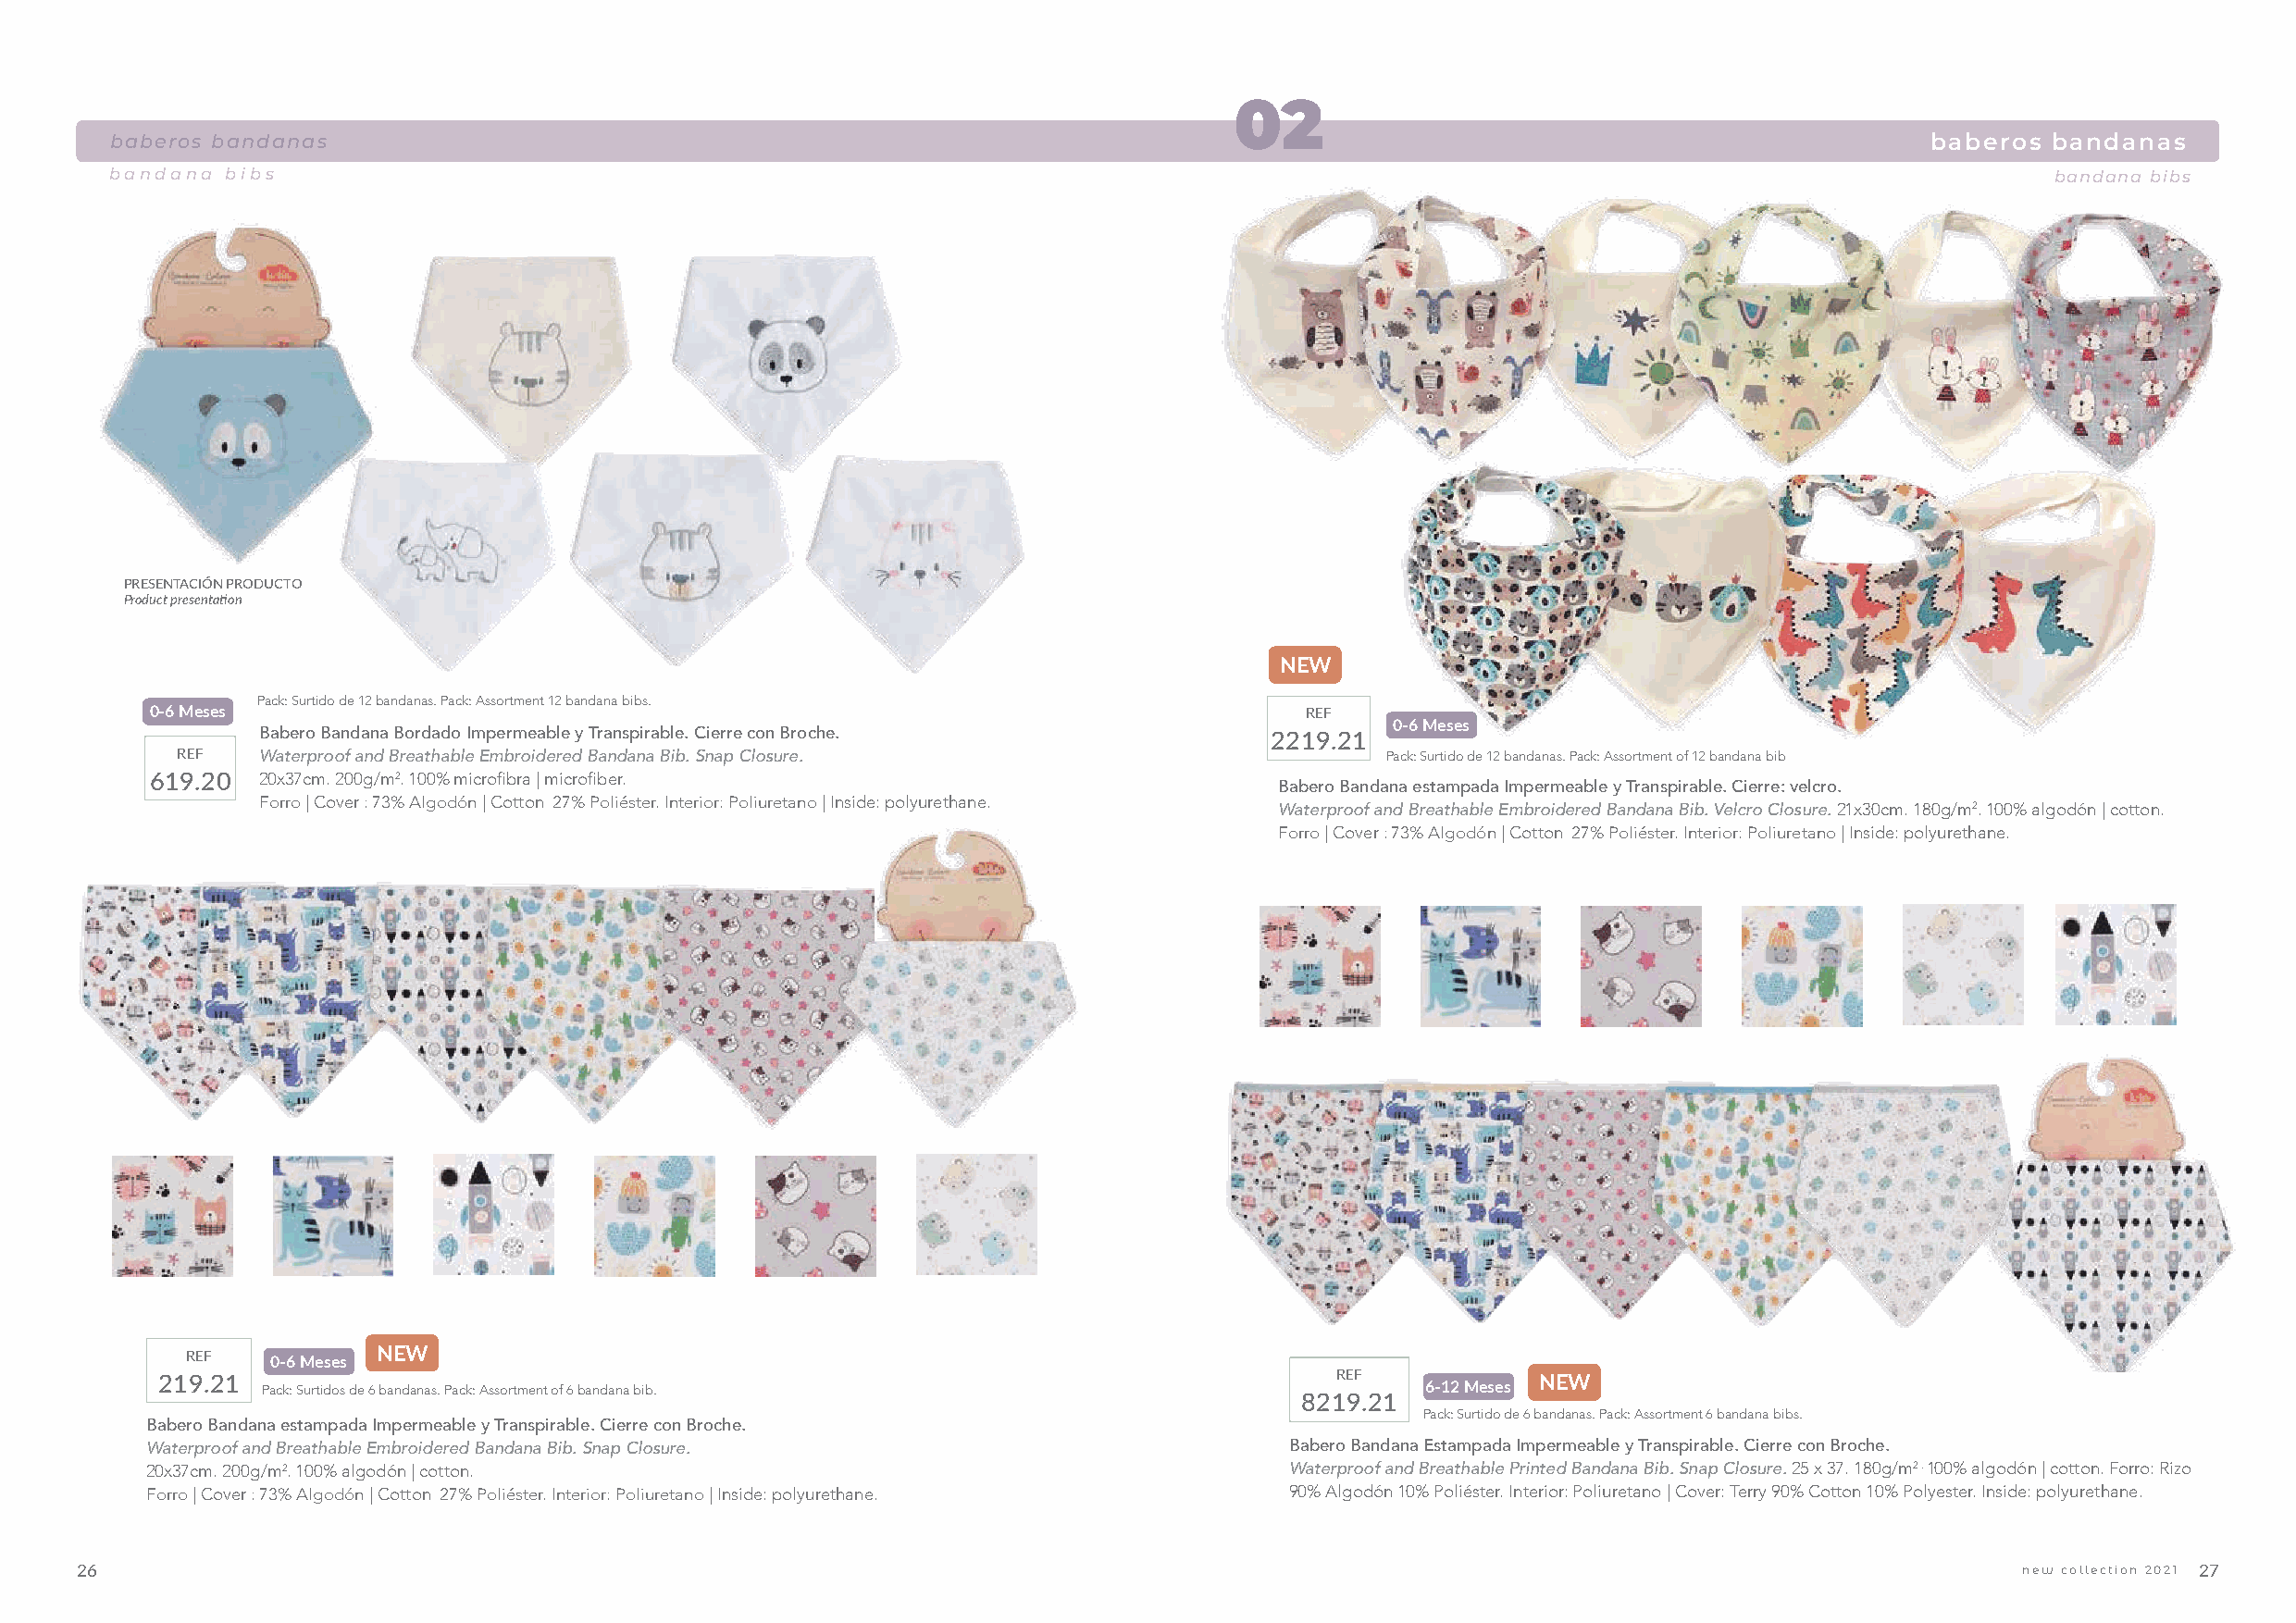
02
 baberos bandanas                                                                                                                  baberos  bandanas
 bandana bibs                                                                                                                               bandana bibs
 PRESENTACIÓN PRODUCTO
 Product presentation
 NEW
 Pack: Surtido de 12 bandanas. Pack: Assortment 12 bandana bibs.
 0-6 Meses                                                                         REF
 0-6 Meses
 Babero Bandana Bordado Impermeable y Transpirable. Cierre con Broche.   2219.21
 REF   Waterproof and Breathable Embroidered Bandana Bib. Snap Closure.                Pack: Surtido de 12 bandanas. Pack: Assortment of 12 bandana bib
 619.20  20x37cm. 200g/m2. 100% microfibra | microfiber.
 Babero Bandana estampada Impermeable y Transpirable. Cierre: velcro.
 Forro | Cover : 73% Algodón | Cotton 27% Poliéster. Interior: Poliuretano | Inside: polyurethane.
 Waterproof and Breathable Embroidered Bandana Bib. Velcro Closure. 21x30cm. 180g/m2. 100% algodón | cotton.
 Forro | Cover : 73% Algodón | Cotton 27% Poliéster. Interior: Poliuretano | Inside: polyurethane.
 REF   0-6 Meses NEW
 219.21                                                                               REF           NEW
 Pack: Surtidos de 6 bandanas. Pack: Assortment of 6 bandana bib.                   6-12 Meses
 8219.21
 Pack: Surtido de 6 bandanas. Pack: Assortment 6 bandana bibs.
 Babero Bandana estampada Impermeable y Transpirable. Cierre con Broche.
 Waterproof and Breathable Embroidered Bandana Bib. Snap Closure.                  Babero Bandana Estampada Impermeable y Transpirable. Cierre con Broche.
 20x37cm. 200g/m2. 100% algodón | cotton.                                          Waterproof and Breathable Printed Bandana Bib. Snap Closure. 25 x 37. 180g/m2 . 100% algodón | cotton. Forro: Rizo
 Forro | Cover : 73% Algodón | Cotton 27% Poliéster. Interior: Poliuretano | Inside: polyurethane. 90% Algodón 10% Poliéster. Interior: Poliuretano | Cover: Terry 90% Cotton 10% Polyester. Inside: polyurethane.
 26                                                                                                                                          new collection 2021 27